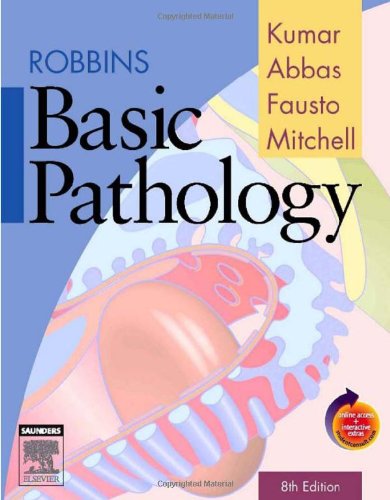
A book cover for Robbins Basic Pathology, Eighth Edition; Medical Books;